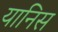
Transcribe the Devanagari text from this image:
यानिस